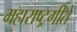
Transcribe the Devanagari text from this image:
महाराष्ट्रगीते